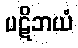
ပဋိဘယံ